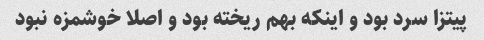
پیتزا سرد بود و اینکه بهم ریخته بود و اصلا خوشمزه نبود